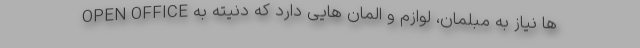
OPEN OFFICE ها نیاز به مبلمان، لوازم و المان هایی دارد که دنیته به